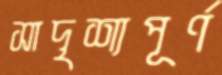
সাদৃশ্যপূর্ণ